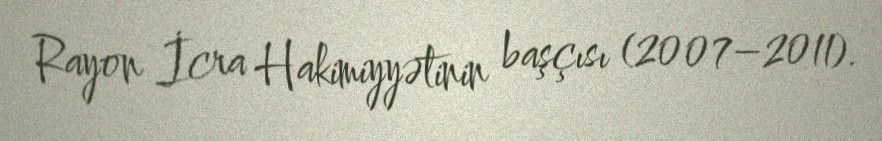
Rayon İcra Hakimiyyətinin başçısı (2007–2011).